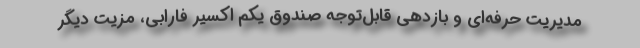
مدیریت حرفه‌ای و بازدهی قابل‌توجه صندوق یکم اکسیر فارابی، مزیت دیگر